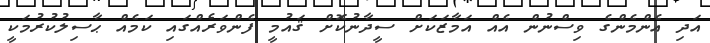
އަދި އެންމެންގެ ވިސްނުން އެއް އަމާޒަކަށް ސީދާނުކޮށް ޤައުމީ ފެންވަރެއްގައި ކަމެއް ޙާސިލުކުރުމަކީ